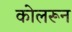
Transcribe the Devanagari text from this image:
कोलरून